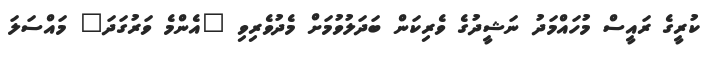
ކުރީގެ ރައީސް މުހައްމަދު ނަޝީދުގެ ވެރިކަން ބަދަލުވުމަށް މެދުވެރިވި "އެންމެ ވަރުގަދަ" މައްސަލަ